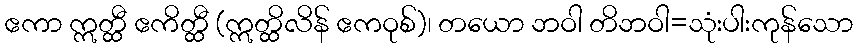
ဧကာ ဣတ္ထီ ဧကိတ္ထီ (ဣတ္ထိလိန် ဧကဝုစ်)၊ တယော ဘဝါ တိဘဝါ=သုံးပါးကုန်သော